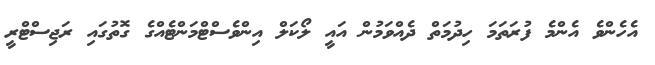
އެހެންވެ އެންމެ ފުރަތަމަ ހިދުމަތް ދެއްވަމުން އައީ ލޯކަލް އިންވެސްޓްމަންޓެއްގެ ގޮތުގައި ރަޖިސްޓްރީ